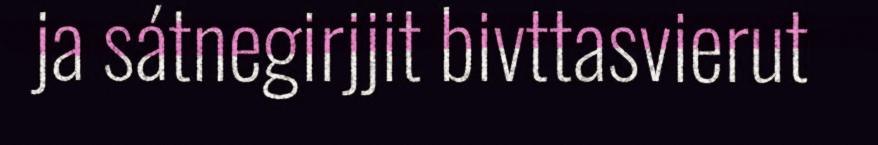
ja sátnegirjjit bivttasvierut